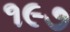
૧૯૭